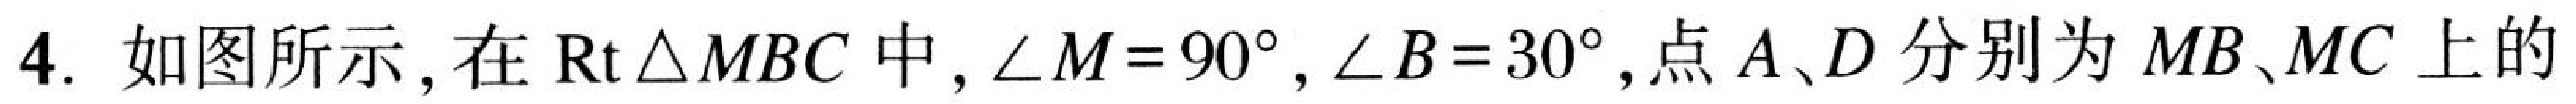
4. 如图所示，在$\mathrm{Rt}\triangle MBC$中，$\angle M = 90^{\circ}$，$\angle B = 30^{\circ}$，点$A、D$分别为$MB、MC$上的